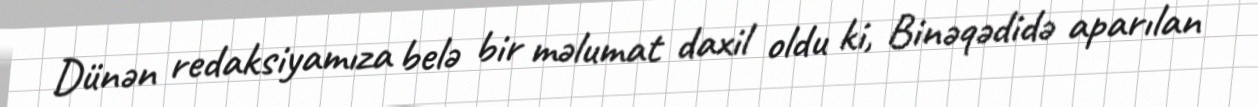
Dünən redaksiyamıza belə bir məlumat daxil oldu ki, Binəqədidə aparılan